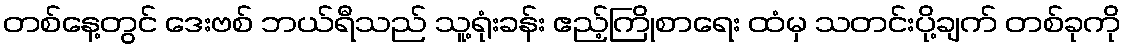
တစ်နေ့တွင် ဒေးဗစ် ဘယ်ရီသည် သူ့ရုံးခန်း ဧည့်ကြိုစာရေး ထံမှ သတင်းပို့ချက် တစ်ခုကို